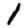
Digit: 1